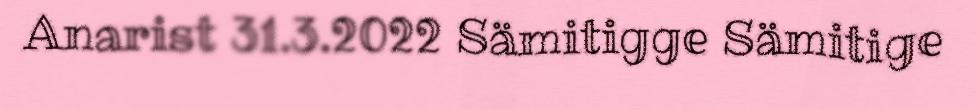
Anarist 31.3.2022 Sämitigge Sämitige